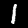
Digit: 1